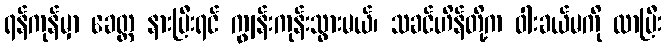
ရန်ကုန်မှာ ခေတ္တ နားပြီးရင် ကျွန်းကုန်းသွားမယ်၊ သခင်ဟိန်တို့က ဝါးခယ်မကို လာပြီး